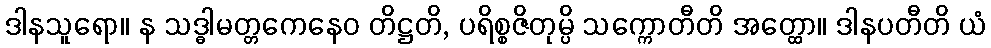
ဒါနသူရော။ န သဒ္ဓါမတ္တကေနေဝ တိဋ္ဌတိ, ပရိစ္စဇိတုမ္ပိ သက္ကောတီတိ အတ္ထော။ ဒါနပတီတိ ယံ